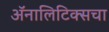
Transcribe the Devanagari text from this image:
ॲनालिटिक्सचा